Leaving Certificate Examination, 1906
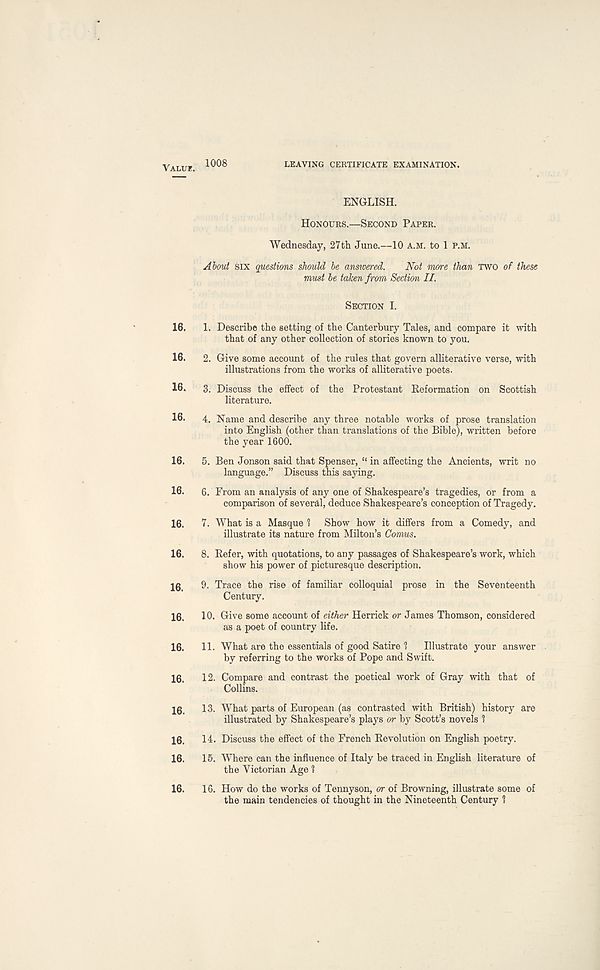
VALUK. 1008
LEAVING CERTIFICATE EXAMINATION.
ENGLISH.
HONOURS.—SECOND PAPER.
Wednesday, 27 th June.—10 A.M. to 1 P.M.
About SIX questions should be answered.
Not more than TWO of these
must be taken from Section II.
SECTION I.
16.
1. Describe the setting of the Canterbury Tales, and compare it with
that of any other collection of stories known to you.
16.
2. Give some account of the rules that govern alliterative verse, with
illustrations from the works of alliterative poets.
16.
3. Discuss the effect of the Protestant Eeformation on Scottish
literature.
16-
4. Name and describe any three notable works of prose translation
into English (other than translations of the Bible), written before
the year 1600.
16.
5. Ben Jonson said that Spenser, “ in affecting the Ancients, writ no
language.” Discuss this saying.
16.
6. From an analysis of any one of Shakespeare’s tragedies, or from a
comparison of several, deduce Shakespeare’s conception of Tragedy.
16.
7. What is a Masque 1 Show how it differs from a Comedy, and
illustrate its nature from Milton’s Comus.
16.
8. Refer, with quotations, to any passages of Shakespeare’s work, which
show his power of picturesque description.
10
9. Trace the rise of familiar colloquial prose in the Seventeenth
Century.
16.
10. Give some account of either Herrick or James Thomson, considered
as a poet of country life.
16.
11. What are the essentials of good Satire 1
Illustrate your answer
by referring to the works of Pope and Swift.
10.
12. Compare and contrast the poetical work of Gray with that of
Collins.
16.
13. What parts of European (as contrasted with British) history are
illustrated by Shakespeare’s plays or by Scott’s novels 1
16.
14. Discuss the effect of the French Revolution on English poetry.
16.
15. Where can the influence of Italy be traced in English literature of
the Victorian Age 1
16.
16. How do the works of Tennyson, or of Browning, illustrate some of
the main tendencies of thought in the Nineteenth Century 1